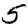
Digit: 5